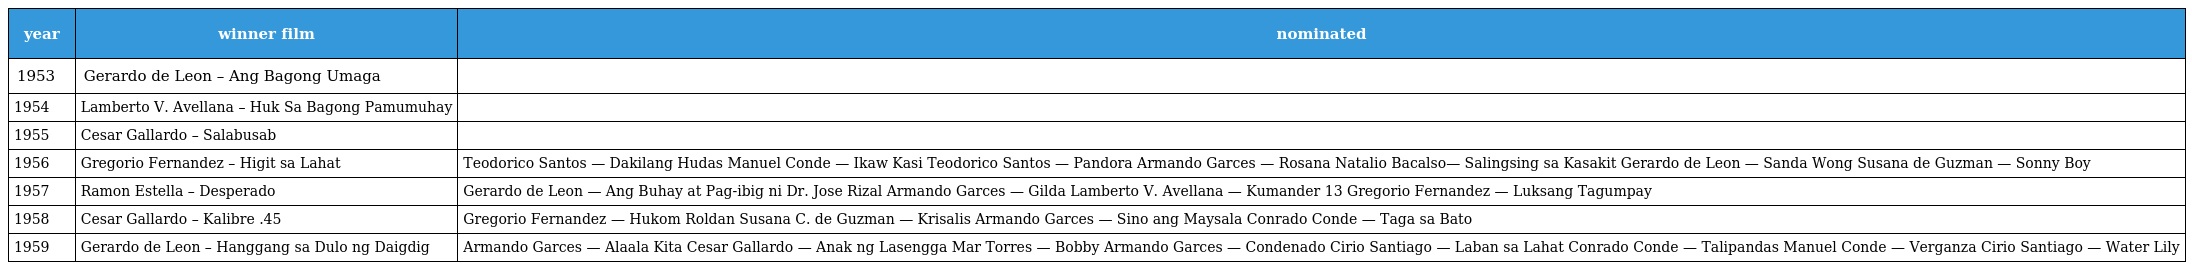
| year | winner film | nominated |
 | --- | --- | --- |
 | 1953 | Gerardo de Leon – Ang Bagong Umaga |  |
 | 1954 | Lamberto V. Avellana – Huk Sa Bagong Pamumuhay |  |
 | 1955 | Cesar Gallardo – Salabusab |  |
 | 1956 | Gregorio Fernandez – Higit sa Lahat | Teodorico Santos — Dakilang Hudas Manuel Conde — Ikaw Kasi Teodorico Santos — Pandora Armando Garces — Rosana Natalio Bacalso— Salingsing sa Kasakit Gerardo de Leon — Sanda Wong Susana de Guzman — Sonny Boy |
 | 1957 | Ramon Estella – Desperado | Gerardo de Leon — Ang Buhay at Pag-ibig ni Dr. Jose Rizal Armando Garces — Gilda Lamberto V. Avellana — Kumander 13 Gregorio Fernandez — Luksang Tagumpay |
 | 1958 | Cesar Gallardo – Kalibre .45 | Gregorio Fernandez — Hukom Roldan Susana C. de Guzman — Krisalis Armando Garces — Sino ang Maysala Conrado Conde — Taga sa Bato |
 | 1959 | Gerardo de Leon – Hanggang sa Dulo ng Daigdig | Armando Garces — Alaala Kita Cesar Gallardo — Anak ng Lasengga Mar Torres — Bobby Armando Garces — Condenado Cirio Santiago — Laban sa Lahat Conrado Conde — Talipandas Manuel Conde — Verganza Cirio Santiago — Water Lily |